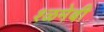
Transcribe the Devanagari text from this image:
श्ळमेबी